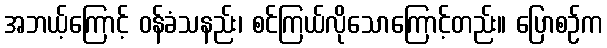
အဘယ့်ကြောင့် ဝန်ခံသနည်း၊ စင်ကြယ်လိုသောကြောင့်တည်း။ ပြောစဉ်က